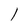
Character: l